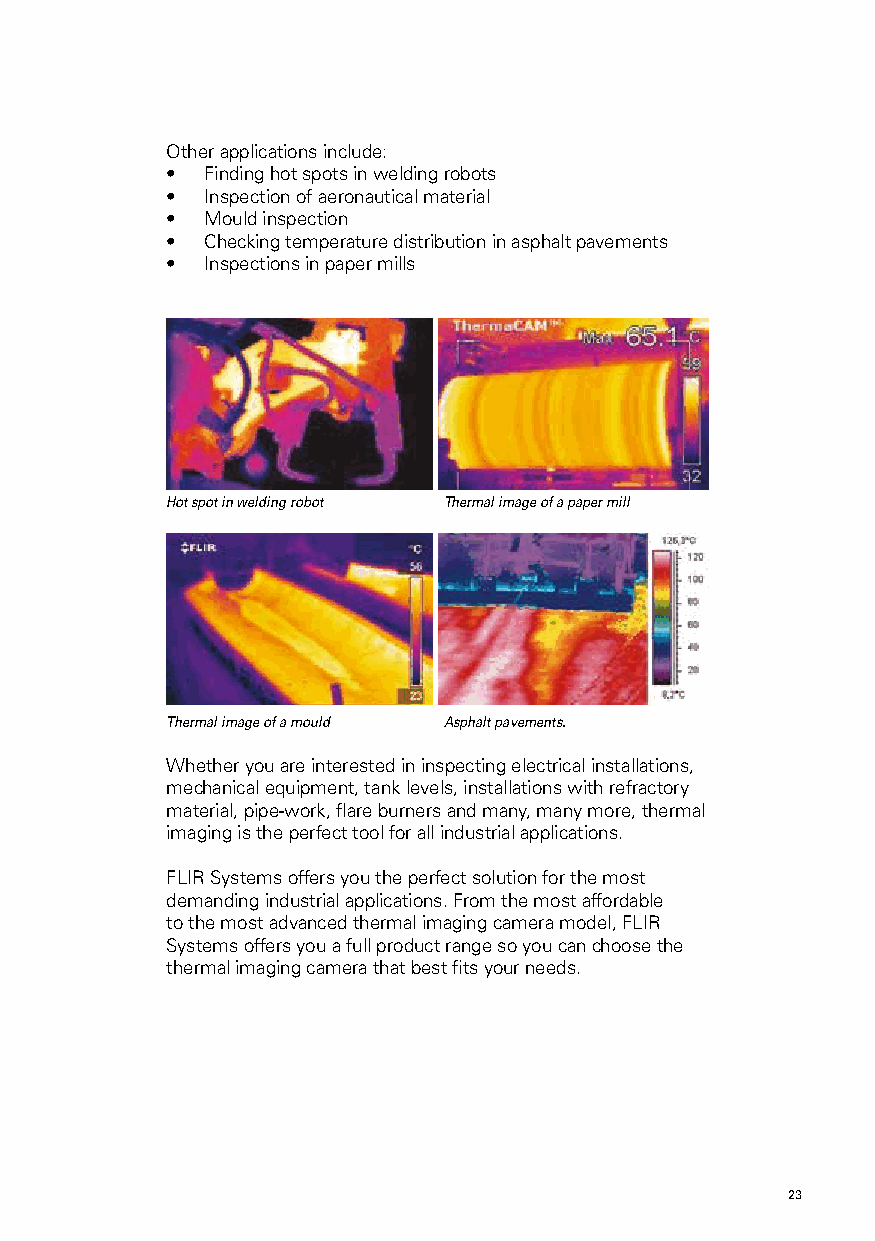
Other applications include:
 • Finding hot spots in welding robots
 • Inspection of aeronautical material
 • Mould inspection
 • Checking temperature distribution in asphalt pavements
 • Inspections in paper mills
 Hot spot in welding robot Thermal image of a paper mill
 Thermal image of a mould Asphalt pavements.
 Whether you are interested in inspecting electrical installations,
 mechanical equipment, tank levels, installations with refractory
 material, pipe-work, flare burners and many, many more, thermal
 imaging is the perfect tool for all industrial applications.
 FLIR Systems offers you the perfect solution for the most
 demanding industrial applications. From the most affordable
 to the most advanced thermal imaging camera model, FLIR
 Systems offers you a full product range so you can choose the
 thermal imaging camera that best fits your needs.
 22                                                  23